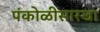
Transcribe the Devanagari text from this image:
पंकोळीसारखा